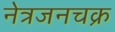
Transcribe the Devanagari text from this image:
नेत्रजनचक्र